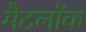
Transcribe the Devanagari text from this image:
मैटलॉक